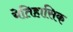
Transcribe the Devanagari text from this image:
येतिहासिक